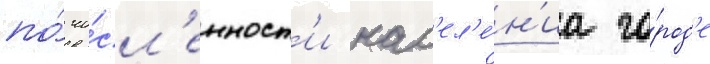
по́ чи́сл'енност'и нас'ел'е́н'иа го́род'е